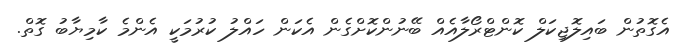
އެގޮތުން ބައިލޮޖިކަލް ކޮންޓްރޯލާއެއް ބޭނުންކޮށްގެން އެކަން ހައްލު ކުރުމަކީ އެންމެ ކާމިޔާބު ގޮތް.